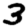
Digit: 3